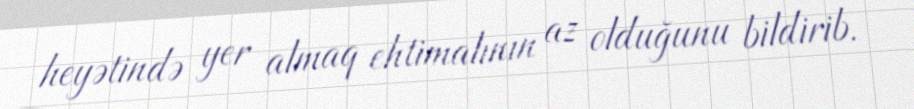
heyətində yer almaq ehtimalının az olduğunu bildirib.